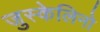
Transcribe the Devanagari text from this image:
जुस्केलिनो